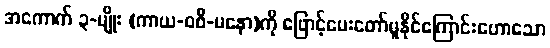
အကောက် ၃-မျိုး (ကာယ-ဝစီ-မနော)ကို ဖြောင့်ပေးတော်မူနိုင်ကြောင်းဟောသော